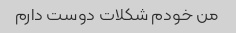
من خودم شکلات دوست دارم